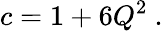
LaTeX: c=1+6Q^{2}\ .